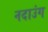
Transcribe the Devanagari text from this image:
नदाउंग